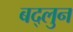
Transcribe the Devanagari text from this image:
बद्लुन